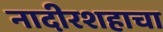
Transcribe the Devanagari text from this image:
नादीरशहाचा